Vaccination report Assam 1896-1927 - 1896-1927
Year: 1896
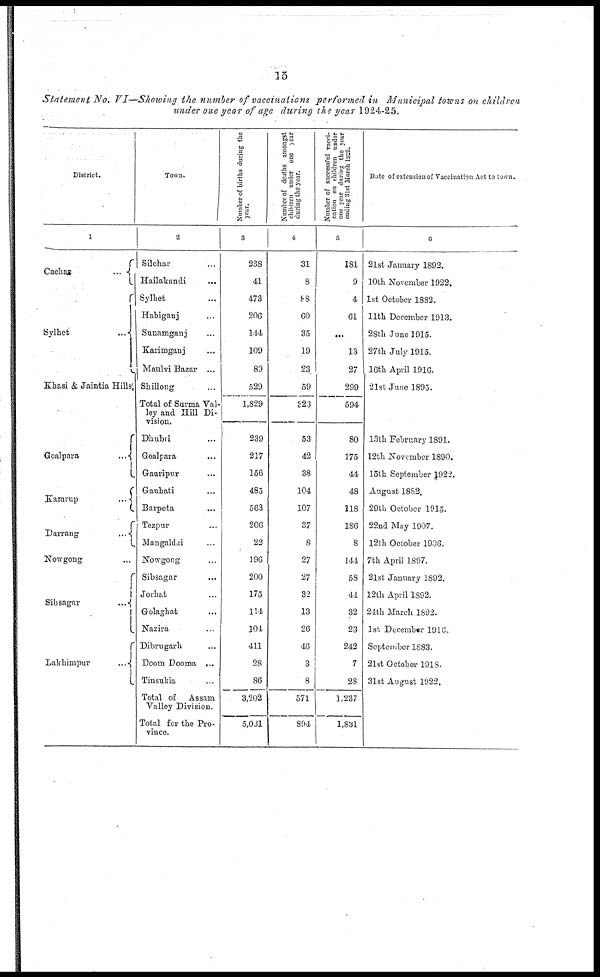
15
Statement No. VI—Showing the number of vaccinations performed in Municipal towns on children
under one year of age during the year 1924-25.
District.
1
Cachar
...
Sylhet
...
Khasi & Jaintia Hills
Goalpnra
...
Kamrup
...
Darrang
...
Nowgong ...
Sibsagar
...
Lakhimpur
...
Town.
2
Silchar ...
Hailaliandi ...
Sylhet ...
Habiganj ...
Sunamganj ...
Karimganj ...
Maulvi Bazar ...
Shillong ...
Total of Surma Val-
ley and Hill Di-
vision.
Dhubli ...
Goalpara ...
Gauripur ...
Gauhati ...
Barpeta ...
Tezpur ...
Mangaldai ...
Nowgong ...
Sibsagar ...
Jorhat ...
Golaghat ...
Nazira ...
Dibrugarh ...
Doom Dooma ...
Tinsukia ...
Total of Assam
Valley Division.
Total for the Pro-
vince.
Number of births during the
year.
3
238
41
473
206
114
109
89
529
1,829
239
217
156
485
563
206
22
196
200
175
114
104
411
28
86
3,202
5,031
Number of deaths amongst
children under one year
during the year.
4
31
8
88
60
35
19
23
59
323
53
42
38
104
107
37
8
27
27
32
13
26
46
3
8
571
894
Number of successful vacci-
nation on children under
one year during the year
ondoing
31st
March 1926.
5
181
9
4
61
...
13
27
299
594
80
175
44
48
118
186
8
144
58
44
32
23
242
7
28
1,237
1,831
Date of extension of Vaccination Act to town.
6
21st January 1892.
10th November 1922.
1st October 1882.
11th December 1913.
28th June 1915.
27th July 1915.
16th April 1916.
21st June 1895.
13th February 1891.
12th November 1890.
15th September 1922.
August 1882.
29th October 1915.
22nd May 1907.
12th October 1906.
7th April 1897.
21st January 1892.
12th April 1892.
24th March 1892.
1st December 1916.
September 1883.
21st October 1918.
31st August 1922.